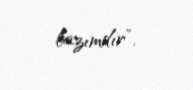
lazımdır”.